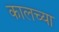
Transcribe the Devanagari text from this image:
कालच्या